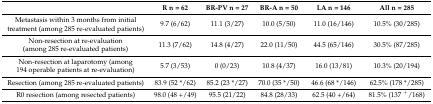
<table><thead><tr><td></td><td><b>R n = 62</b></td><td><b>BR-PV n = 27</b></td><td><b>BR-A n = 50</b></td><td><b>LA n = 146</b></td><td><b>All n = 285</b></td></tr></thead><tbody><tr><td>Metastasis within 3 months from initial treatment (among 285 re-evaluated patients)</td><td>9.7 (6/62)</td><td>11.1 (3/27)</td><td>10.0 (5/50)</td><td>11.0 (16/146)</td><td>10.5% (30/285)</td></tr><tr><td>Non-resection at re-evaluation (among 285 re-evaluated patients)</td><td>11.3 (7/62)</td><td>14.8 (4/27)</td><td>22.0 (11/50)</td><td>44.5 (65/146)</td><td>30.5% (87/285)</td></tr><tr><td>Non-resection at laparotomy (among 194 operable patients at re-evaluation)</td><td>5.7 (3/53)</td><td>0 (0/23)</td><td>10.8 (4/37)</td><td>16.0 (13/81)</td><td>10.3% (20/194)</td></tr><tr><td>Resection (among 285 re-evaluated patients)</td><td>83.9 (52 */62)</td><td>85.2 (23 */27)</td><td>70.0 (35 */50)</td><td>46.6 (68 */146)</td><td>62.5% (178 */285)</td></tr><tr><td>R0 resection (among resected patients)</td><td>98.0 (48 +/49)</td><td>95.5 (21/22)</td><td>84.8 (28/33)</td><td>62.5 (40 +/64)</td><td>81.5% (137 <sup>+</sup>/168)</td></tr></tbody></table>